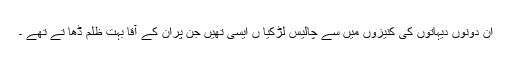
ان دونوں دیہاتوں کی کنیزوں میں سے چالیس لڑکیا ں ایسی تھیں جن پران کے آقا بہت ظلم ڈھا تے تھے ۔